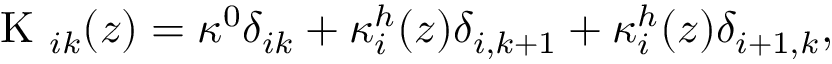
\mathrm { ~ K ~ } _ { i k } ( z ) = \kappa ^ { 0 } \delta _ { i k } + \kappa _ { i } ^ { h } ( z ) \delta _ { i , k + 1 } + \kappa _ { i } ^ { h } ( z ) \delta _ { i + 1 , k } ,